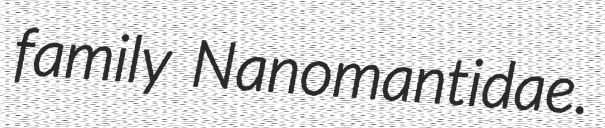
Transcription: family Nanomantidae.